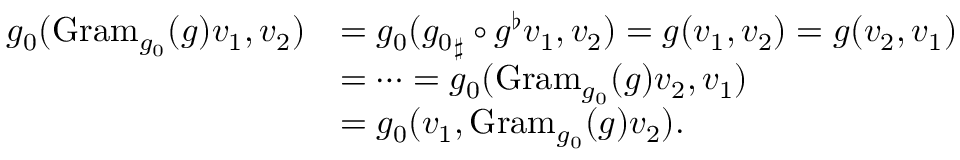
\begin{array} { r l } { g _ { 0 } ( \mathrm { G r a m } _ { g _ { 0 } } ( g ) v _ { 1 } , v _ { 2 } ) } & { = g _ { 0 } ( { g _ { 0 } } _ { \sharp } \circ g ^ { \flat } v _ { 1 } , v _ { 2 } ) = g ( v _ { 1 } , v _ { 2 } ) = g ( v _ { 2 } , v _ { 1 } ) } \\ & { = \dots = g _ { 0 } ( \mathrm { G r a m } _ { g _ { 0 } } ( g ) v _ { 2 } , v _ { 1 } ) } \\ & { = g _ { 0 } ( v _ { 1 } , \mathrm { G r a m } _ { g _ { 0 } } ( g ) v _ { 2 } ) . } \end{array}